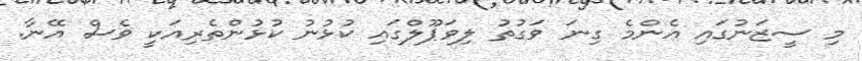
މި ސީޒަނުގައި އެންމެ ގިނަ ވަގުތު ލިވަޕޫލްގައި ކުޅުނު ކުޅުންތެރިއަކީ ވެސް އޭނާ.